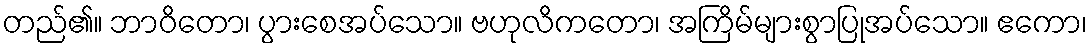
တည်၏။ ဘာဝိတော၊ ပွားစေအပ်သော။ ဗဟုလိကတော၊ အကြိမ်များစွာပြုအပ်သော။ ဧကော၊